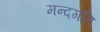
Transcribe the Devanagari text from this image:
मन्दगति